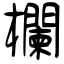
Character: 欄